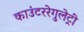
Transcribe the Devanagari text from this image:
काउंटररेगुलेट्री